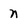
Character: n